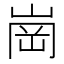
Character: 崗